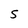
Character: 5